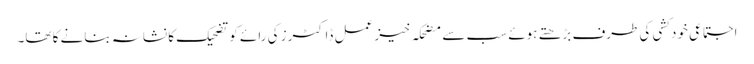
اجتماعی خودکشی کی طرف بڑھتے ہوئے سب سے مضحکہ خیز عمل ڈاکٹرز کی رائے کو تضحیک کا نشانہ بنانے کا تھا۔